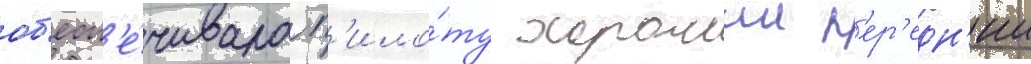
об'есп'е́чивала п'ило́ту хорошии п'ер'едн'ии